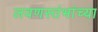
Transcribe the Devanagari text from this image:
लवणस्तंभांच्या